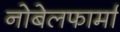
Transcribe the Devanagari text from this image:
नोबेलफार्मा